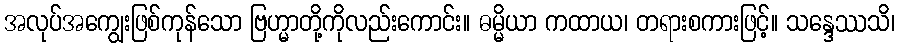
အလုပ်အကျွေးဖြစ်ကုန်သော ဗြဟ္မာတို့ကိုလည်းကောင်း။ ဓမ္မိယာ ကထာယ၊ တရားစကားဖြင့်။ သန္ဒေဿသိ၊